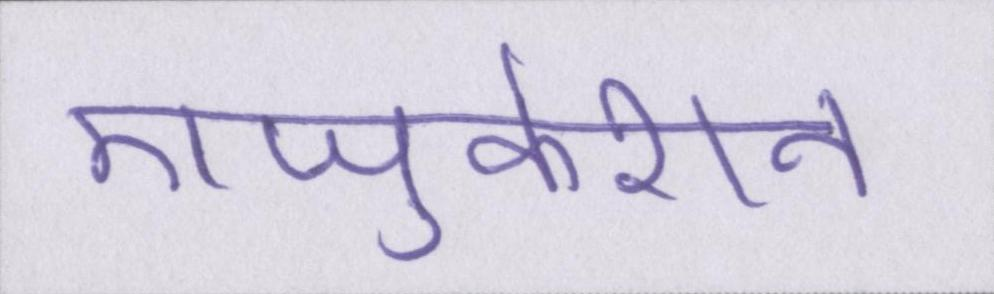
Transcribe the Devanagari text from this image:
एजुकेशन